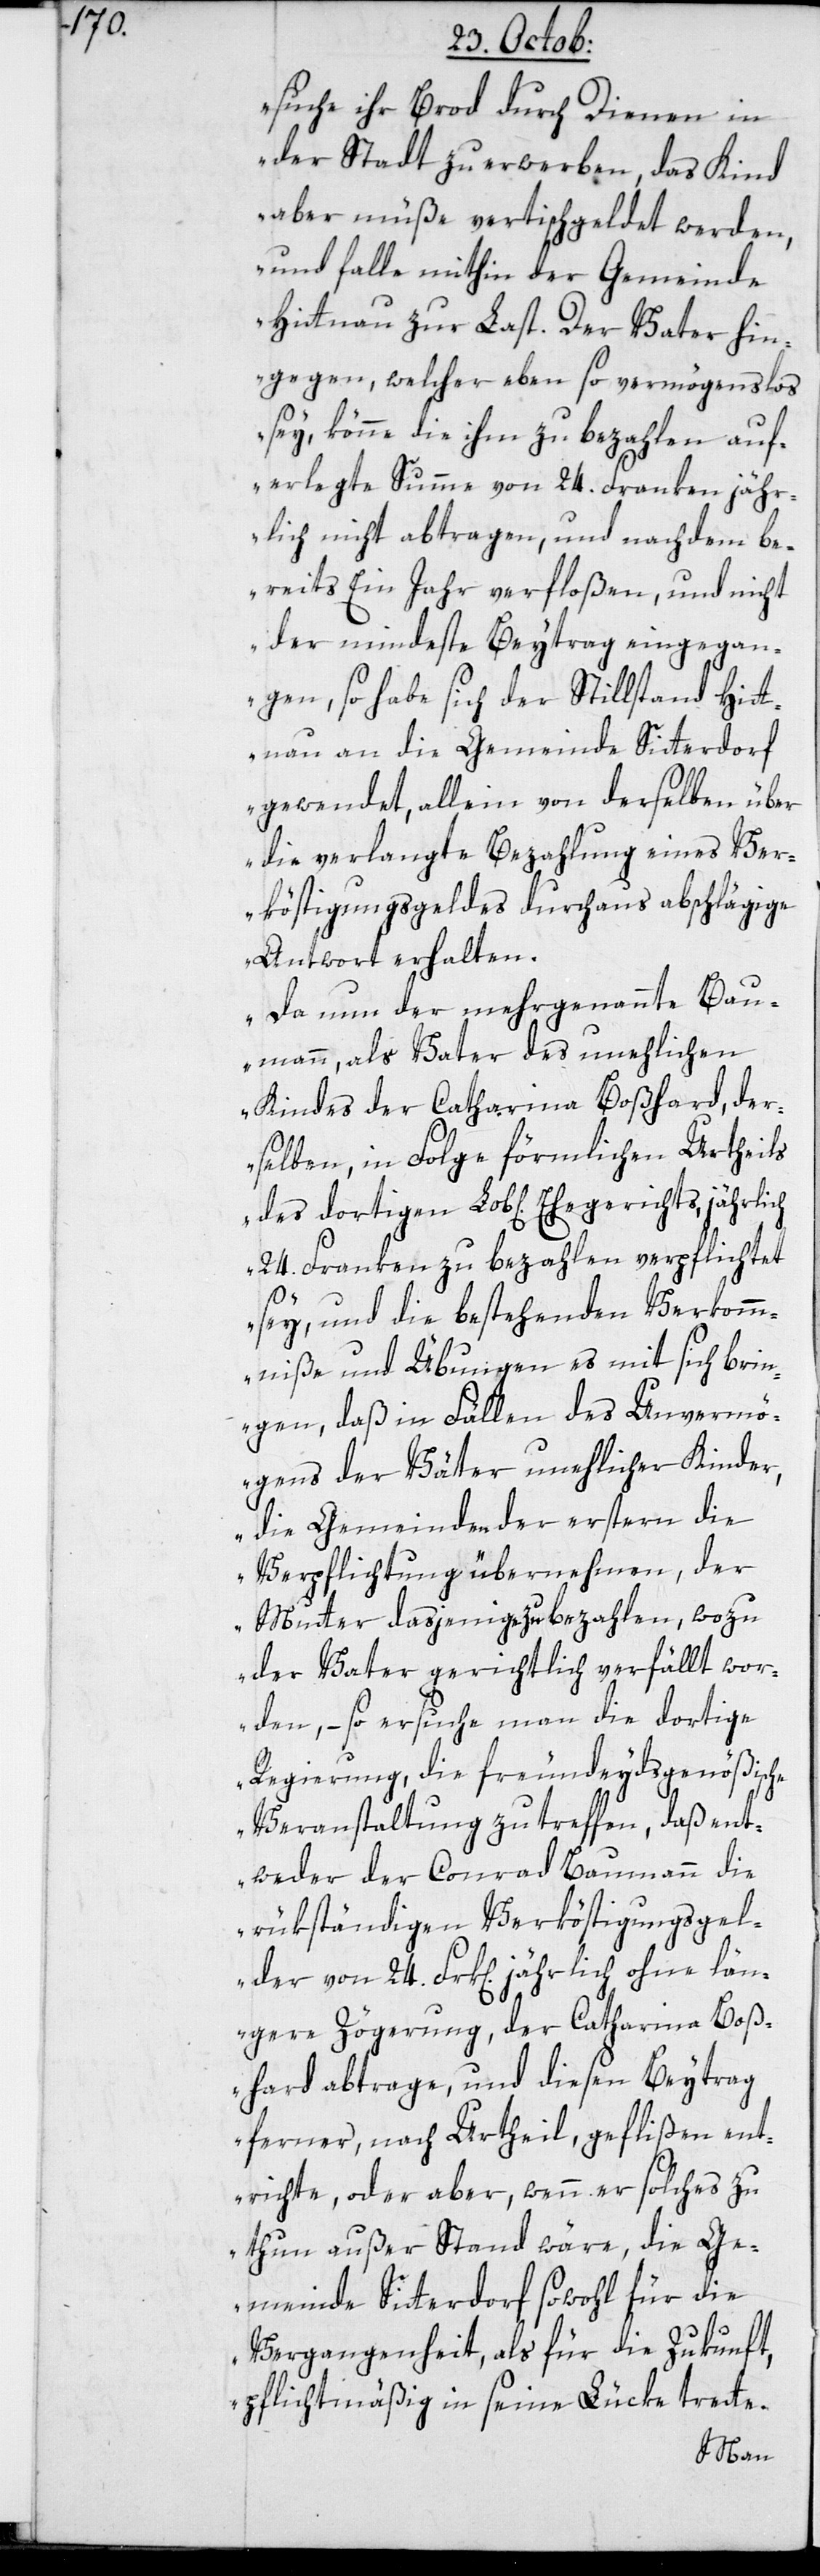
suche ihr Brod durch Dienen in
der Stadt zu erwerben, das Kind
aber müße vertischgeldet werden,
und falle mithin der Gemeinde
Hittnau zur Last. Der Vater hin¬
gegen, welcher ebenso vermögenslos
sey, könne die ihm zu bezahlen auf¬
erlegte Summe von 24. Franken jähr¬
lich nicht abtragen, und nachdem be¬
reits ein Jahr verfloßen, und nicht
der mindeste Beytrag eingegan¬
gen, so habe sich der Stillstand Hit¬
tnau an die Gemeinde Sitterdorf
gewendet, allein von derselben über
die verlangte Bezahlung eines Ver¬
köstigungsgeldes durchaus abschlägige
Antwort erhalten.
Da nun der mehrgenannte Bau¬
mann, als Vater des unehlichen
Kindes der Catharina Boßhard, der¬
selben, in Folge förmlichen Urtheils
24. Franken zu bezahlen verpflichtet
sey, und die bestehenden Verkomm¬
niße und Übungen es mit sich brin¬
gen, daß in Fällen des Unvermö¬
gens der Väter unehlicher Kinder,
die Gemeinden der erstern die
Verpflichtung übernehmen, der
Mutter dasjenige zu bezahlen, wozu
der Vater gerichtlich verfällt wor¬
den, – so ersuche man die dortige
Regierung, die freundeydsgenößische
Veranstaltung zu treffen, daß ent¬
weder der Conrad Baumann die
rükständigen Verköstigungsgel¬
der von 24. Franken jährlich ohne län¬
gere Zögerung, der Catharina Boß¬
hard abtrage, und diesen Beitrag
ferner, nach Urtheil, geflißen ent¬
richte, oder aber, wenn er solches zu
thun außer Stand wäre, die Ge¬
meinde Sitterdorf sowohl für die
Vergangenheit, als für die Zukunft,
pflichtmäßig in seine Lüke trete.